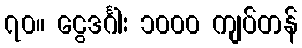
၇၀။ ငွေဒင်္ဂါး ၁၀၀၀ ကျပ်တန်